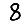
Digit: 8